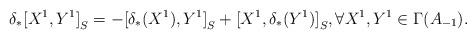
LaTeX: \begin{align*}{\delta}_*{[X^1,Y^1]}_S=-{[{\delta}_*(X^1),Y^1]}_S+{[X^1,{\delta}_*(Y^1)]}_S,\forall X^1,Y^1\in\Gamma(A_{-1}).\end{align*}